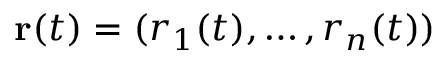
\mathbf { r } ( t ) = ( r _ { 1 } ( t ) , \ldots , r _ { n } ( t ) )